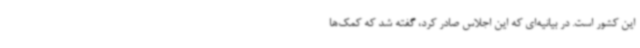
این کشور است. در بیانیه‌ای که این اجلاس صادر کرد، گفته شد که کمک‌ها